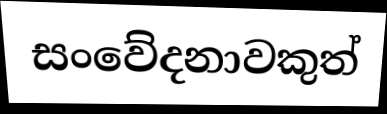
සංවේදනාවකුත්